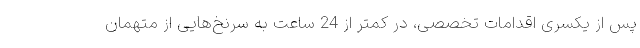
پس از یکسری اقدامات تخصصی، در کمتر از 24 ساعت به سرنخ‌هایی از متهمان